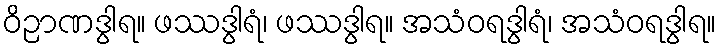
ဝိဉာဏဒွါရ။ ဖဿဒွါရံ၊ ဖဿဒွါရ။ အသံဝရဒွါရံ၊ အသံဝရဒွါရ။